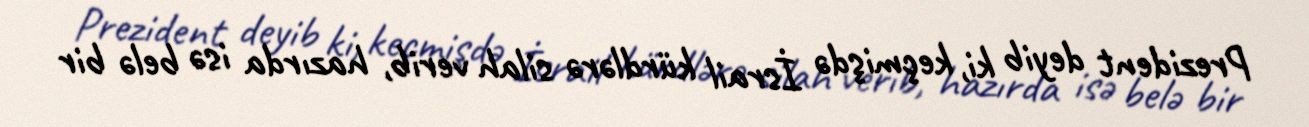
Prezident deyib ki, keçmişdə İsrail kürdlərə silah verib, hazırda isə belə bir